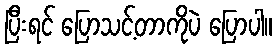
ပြီးရင် ပြောသင့်တာကိုပဲ ပြောပါ။